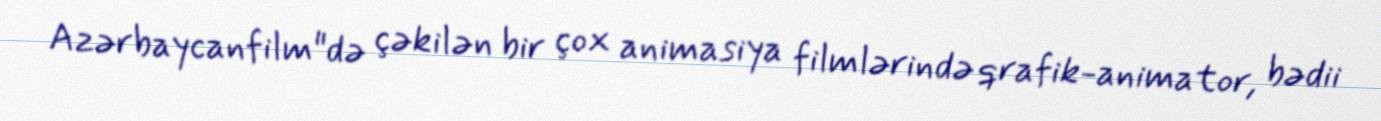
Azərbaycanfilm"də çəkilən bir çox animasiya filmlərində qrafik-animator, bədii